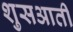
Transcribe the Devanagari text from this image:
शुसआती